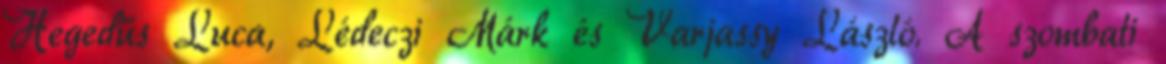
Hegedűs Luca, Lédeczi Márk és Varjassy László. A szombati